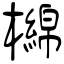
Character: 檰